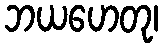
ဘယဟေတု၊